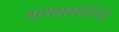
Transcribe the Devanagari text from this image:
थायलाकोलेओ